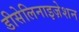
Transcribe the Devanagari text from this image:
डीसेलिनाइज़ेशन